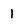
Character: 1